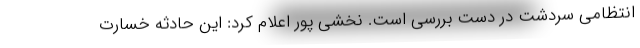
انتظامی سردشت در دست بررسی است. نخشی پور اعلام کرد: این حادثه خسارت